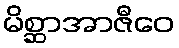
မိစ္ဆာအာဇီဝေ